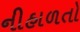
નીહાળતો